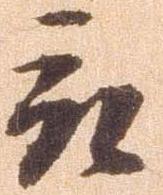
被